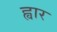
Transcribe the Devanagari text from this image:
ह्वार